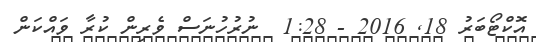
އޮކްޓޯބަރު 18